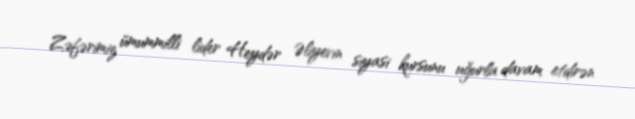
Zəfərimiz ümummilli lider Heydər Əliyevin siyasi kursunu uğurla davam etdirən